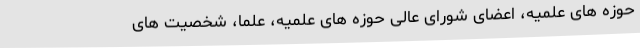
حوزه های علمیه، اعضای شورای عالی حوزه های علمیه، علما، شخصیت های